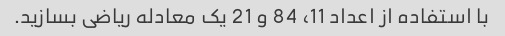
با استفاده از اعداد 11، 84 و 21 یک معادله ریاضی بسازید.